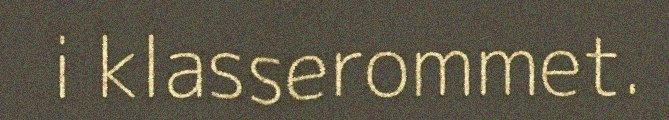
i klasserommet.